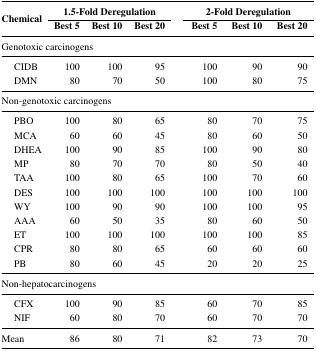
| <ROWSPAN=2> Chemical | <COLSPAN=3> 1.5-Fold Deregulation |  | <COLSPAN=3> 2-Fold Deregulation |
 | Best 5 | Best 10 | Best 20 |  | Best 5 | Best 10 | Best 20 |
 | --- | --- | --- | --- | --- | --- | --- | --- |
 | <COLSPAN=8> Genotoxic carcinogens |
 | CIDB | 100 | 100 | 95 |  | 100 | 90 | 90 |
 | DMN | 80 | 70 | 50 |  | 100 | 80 | 75 |
 | <COLSPAN=8> Non-genotoxic carcinogens |
 | PBO | 100 | 80 | 65 |  | 80 | 70 | 75 |
 | MCA | 60 | 60 | 45 |  | 80 | 60 | 50 |
 | DHEA | 100 | 90 | 85 |  | 100 | 90 | 80 |
 | MP | 80 | 70 | 70 |  | 80 | 50 | 40 |
 | TAA | 100 | 80 | 65 |  | 100 | 70 | 60 |
 | DES | 100 | 100 | 100 |  | 100 | 100 | 100 |
 | WY | 100 | 90 | 90 |  | 100 | 100 | 95 |
 | AAA | 60 | 50 | 35 |  | 80 | 60 | 50 |
 | ET | 100 | 100 | 100 |  | 100 | 100 | 85 |
 | CPR | 80 | 80 | 65 |  | 60 | 60 | 60 |
 | PB | 80 | 60 | 45 |  | 20 | 20 | 25 |
 | <COLSPAN=8> Non-hepatocarcinogens |
 | CFX | 100 | 90 | 85 |  | 60 | 70 | 85 |
 | NIF | 60 | 80 | 70 |  | 60 | 70 | 70 |
 | Mean | 86 | 80 | 71 |  | 82 | 73 | 70 |